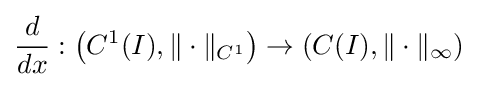
{\frac {d}{dx}}:\left(C^{1}(I),\|\cdot \|_{C^{1}}\right)\to \left(C(I),\|\cdot \|_{\infty }\right)